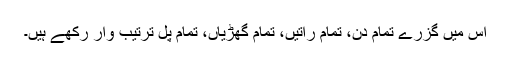
اس میں گزرے تمام دن، تمام راتیں، تمام گھڑیاں، تمام پل ترتیب وار رکھے ہیں۔